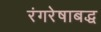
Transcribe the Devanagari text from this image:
रंगरेषाबद्ध